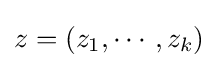
z=(z_{1},\cdots ,z_{k})